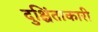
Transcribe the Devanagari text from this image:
दुश्चिंताकारी